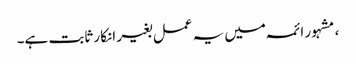
، مشہور ائمہ میں یہ عمل بغیر انکار ثابت ہے۔